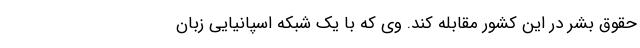
حقوق بشر در این کشور مقابله کند. وی که با یک شبکه اسپانیایی زبان